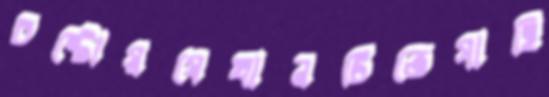
চষ্টোয়যেখানটিতেগাহি